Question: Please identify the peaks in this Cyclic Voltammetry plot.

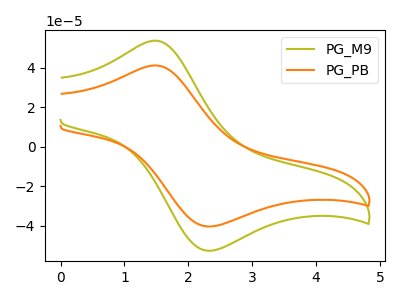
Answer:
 <answer>The olive curve "PG_M9" has an anodic peak at (1.50V, 53.75uA) and a cathodic peak at (2.30V, -52.55uA). The orange curve "PG_PB" has an anodic peak at (1.50V, 41.20uA) and a cathodic peak at (2.30V, -40.30uA).</answer>
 <eval></eval>